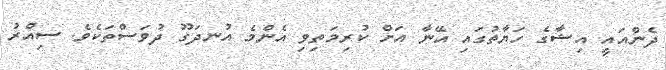
ދެންއައީ އިޝާގެ ހަޔާތުގައި އޭނާ އަށް ކުރިމަތިވި އެންމެ އުނދަގޫ ދުވަސްތަކެވެ. ސިއްރު